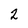
Character: 2